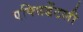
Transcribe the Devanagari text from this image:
एक्सिडेंटली